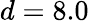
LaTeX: d=8.0